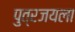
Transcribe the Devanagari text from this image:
पुत्रजयला